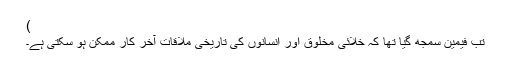
)
تب فیمین سمجھ گیا تھا کہ خلائی مخلوق اور انسانوں کی تاریخی ملاقات آخر کار ممکن ہو سکتی ہے۔